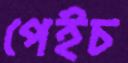
পেইচ